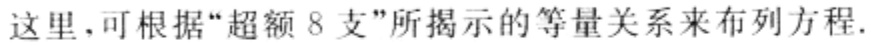
这里,可根据“超额 8 支”所揭示的等量关系来布列方程.